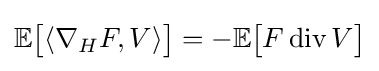
\mathbb {E} {\big [}\langle \nabla _{H}F,V\rangle {\big ]}=-\mathbb {E} {\big [}F\operatorname {div} V{\big ]}